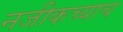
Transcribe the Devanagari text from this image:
नजीकच्याच